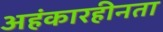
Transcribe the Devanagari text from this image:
अहंकारहीनता